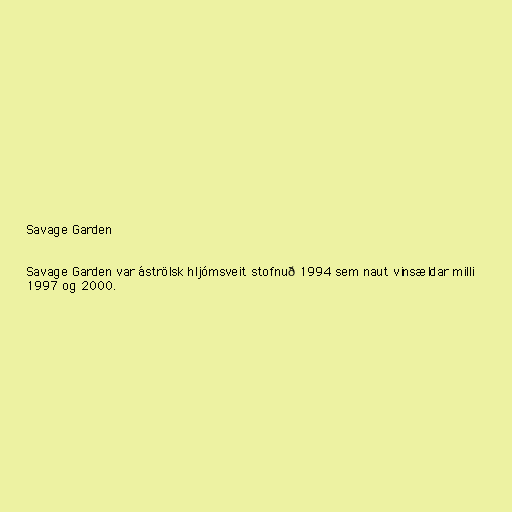
Savage Garden

Savage Garden var áströlsk hljómsveit stofnuð 1994 sem naut vinsældar milli
1997 og 2000.